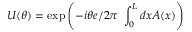
U ( \theta ) = \exp \left( - i \theta { e } / { 2 \pi } ~ \int _ { 0 } ^ { L } d x A ( x ) \right)